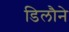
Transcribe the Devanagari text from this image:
डिलौने